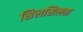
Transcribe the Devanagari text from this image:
सिलसिलता